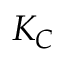
K _ { C }